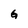
Character: G